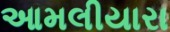
આમલીયારા